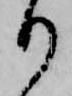
り